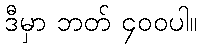
ဒီမှာ ဘတ် ၄၀၀ပါ။